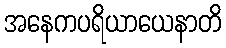
အနေကပရိယာယေနာတိ